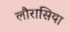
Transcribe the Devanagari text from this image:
लौरासिया